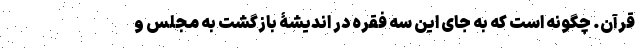
قرآن. چگونه است که به جای این سه فقره در اندیشۀ بازگشت به مجلس و